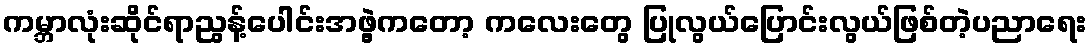
ကမ္ဘာလုံးဆိုင်ရာညွန့်ပေါင်းအဖွဲ့ကတော့ ကလေးတွေ ပြုလွယ်ပြောင်းလွယ်ဖြစ်တဲ့ပညာရေး